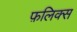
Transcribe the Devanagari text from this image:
फ़लिक्स